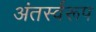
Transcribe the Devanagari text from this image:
अंतर्स्वरूप